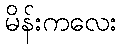
မိန်းကလေး